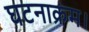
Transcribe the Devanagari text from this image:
घटनाक्रम।